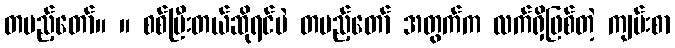
တပည့်တော်။ ။ စစ်ပြီးတယ်ဆိုရင်ပဲ တပည့်တော် အတွက်က လက်ရှိဖြစ်တဲ့ ကျမ်းစာ